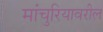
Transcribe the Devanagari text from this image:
मांचुरियावरील